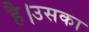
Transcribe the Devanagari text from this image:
है।उसका